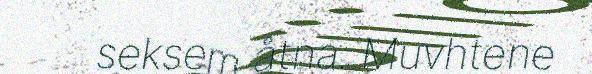
seksem åtna. Muvhtene